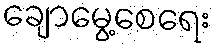
ချောမွေ့စေရေး